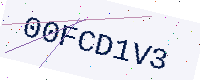
Text: 00FCD1V3